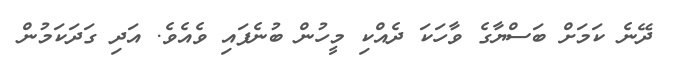
ދޭނެ ކަމަށް ބަސްޔާގެ ވާހަކަ ދެއްކި މީހުން ބުނެފައި ވެއެވެ. އަދި ގަދަކަމުން